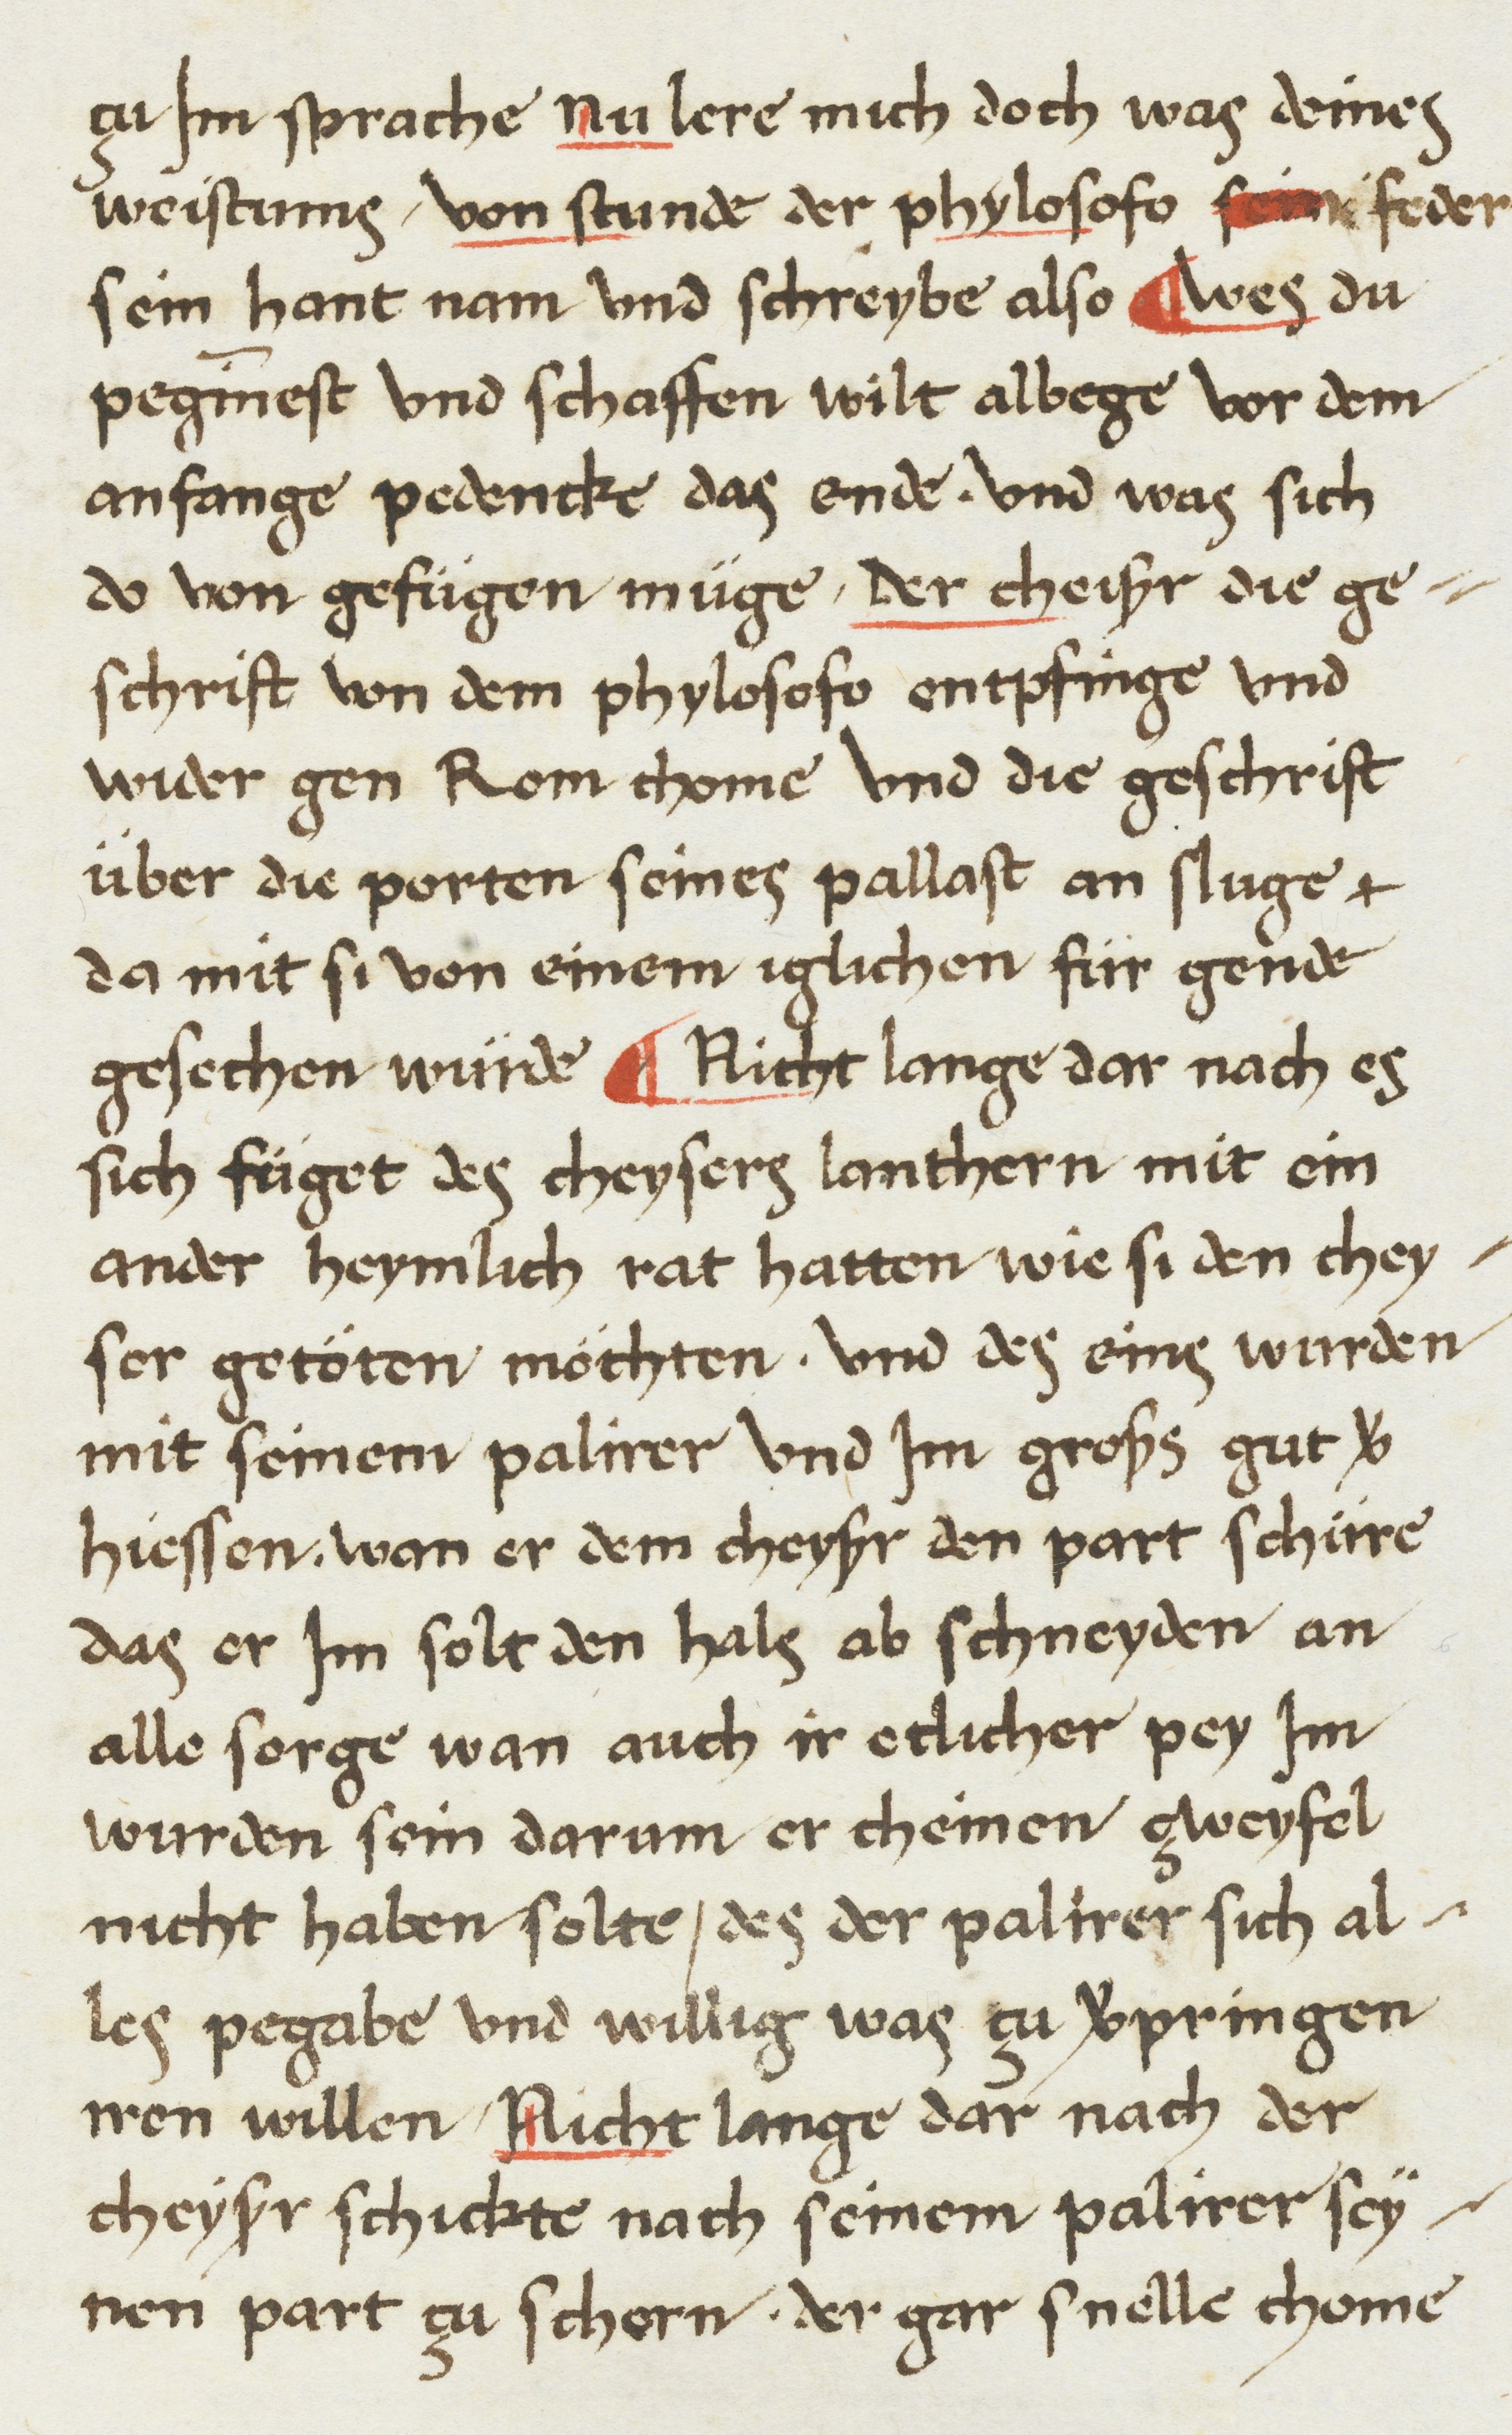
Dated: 1468–1468